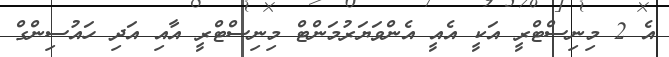
އެ 2 މިނިސްޓްރީ އަކީ އެއީ އެންވަޔަރުމަންޓް މިނިސްޓްރީ އާއި އަދި ހައުސިންގް